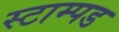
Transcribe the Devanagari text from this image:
स्टाम्पड